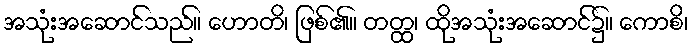
အသုံးအဆောင်သည်။ ဟောတိ၊ ဖြစ်၏။ တတ္ထ၊ ထိုအသုံးအဆောင်၌။ ကောစိ၊